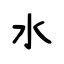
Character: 水